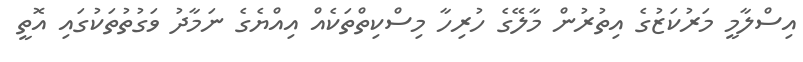
އިސްލާމީ މަރުކަޒުގެ އިތުރުން މާލޭގެ ހުރިހާ މިސްކިތްތަކެއް އިއްޔެގެ ނަމާދު ވަގުތުތަކުގައި އޮތީ